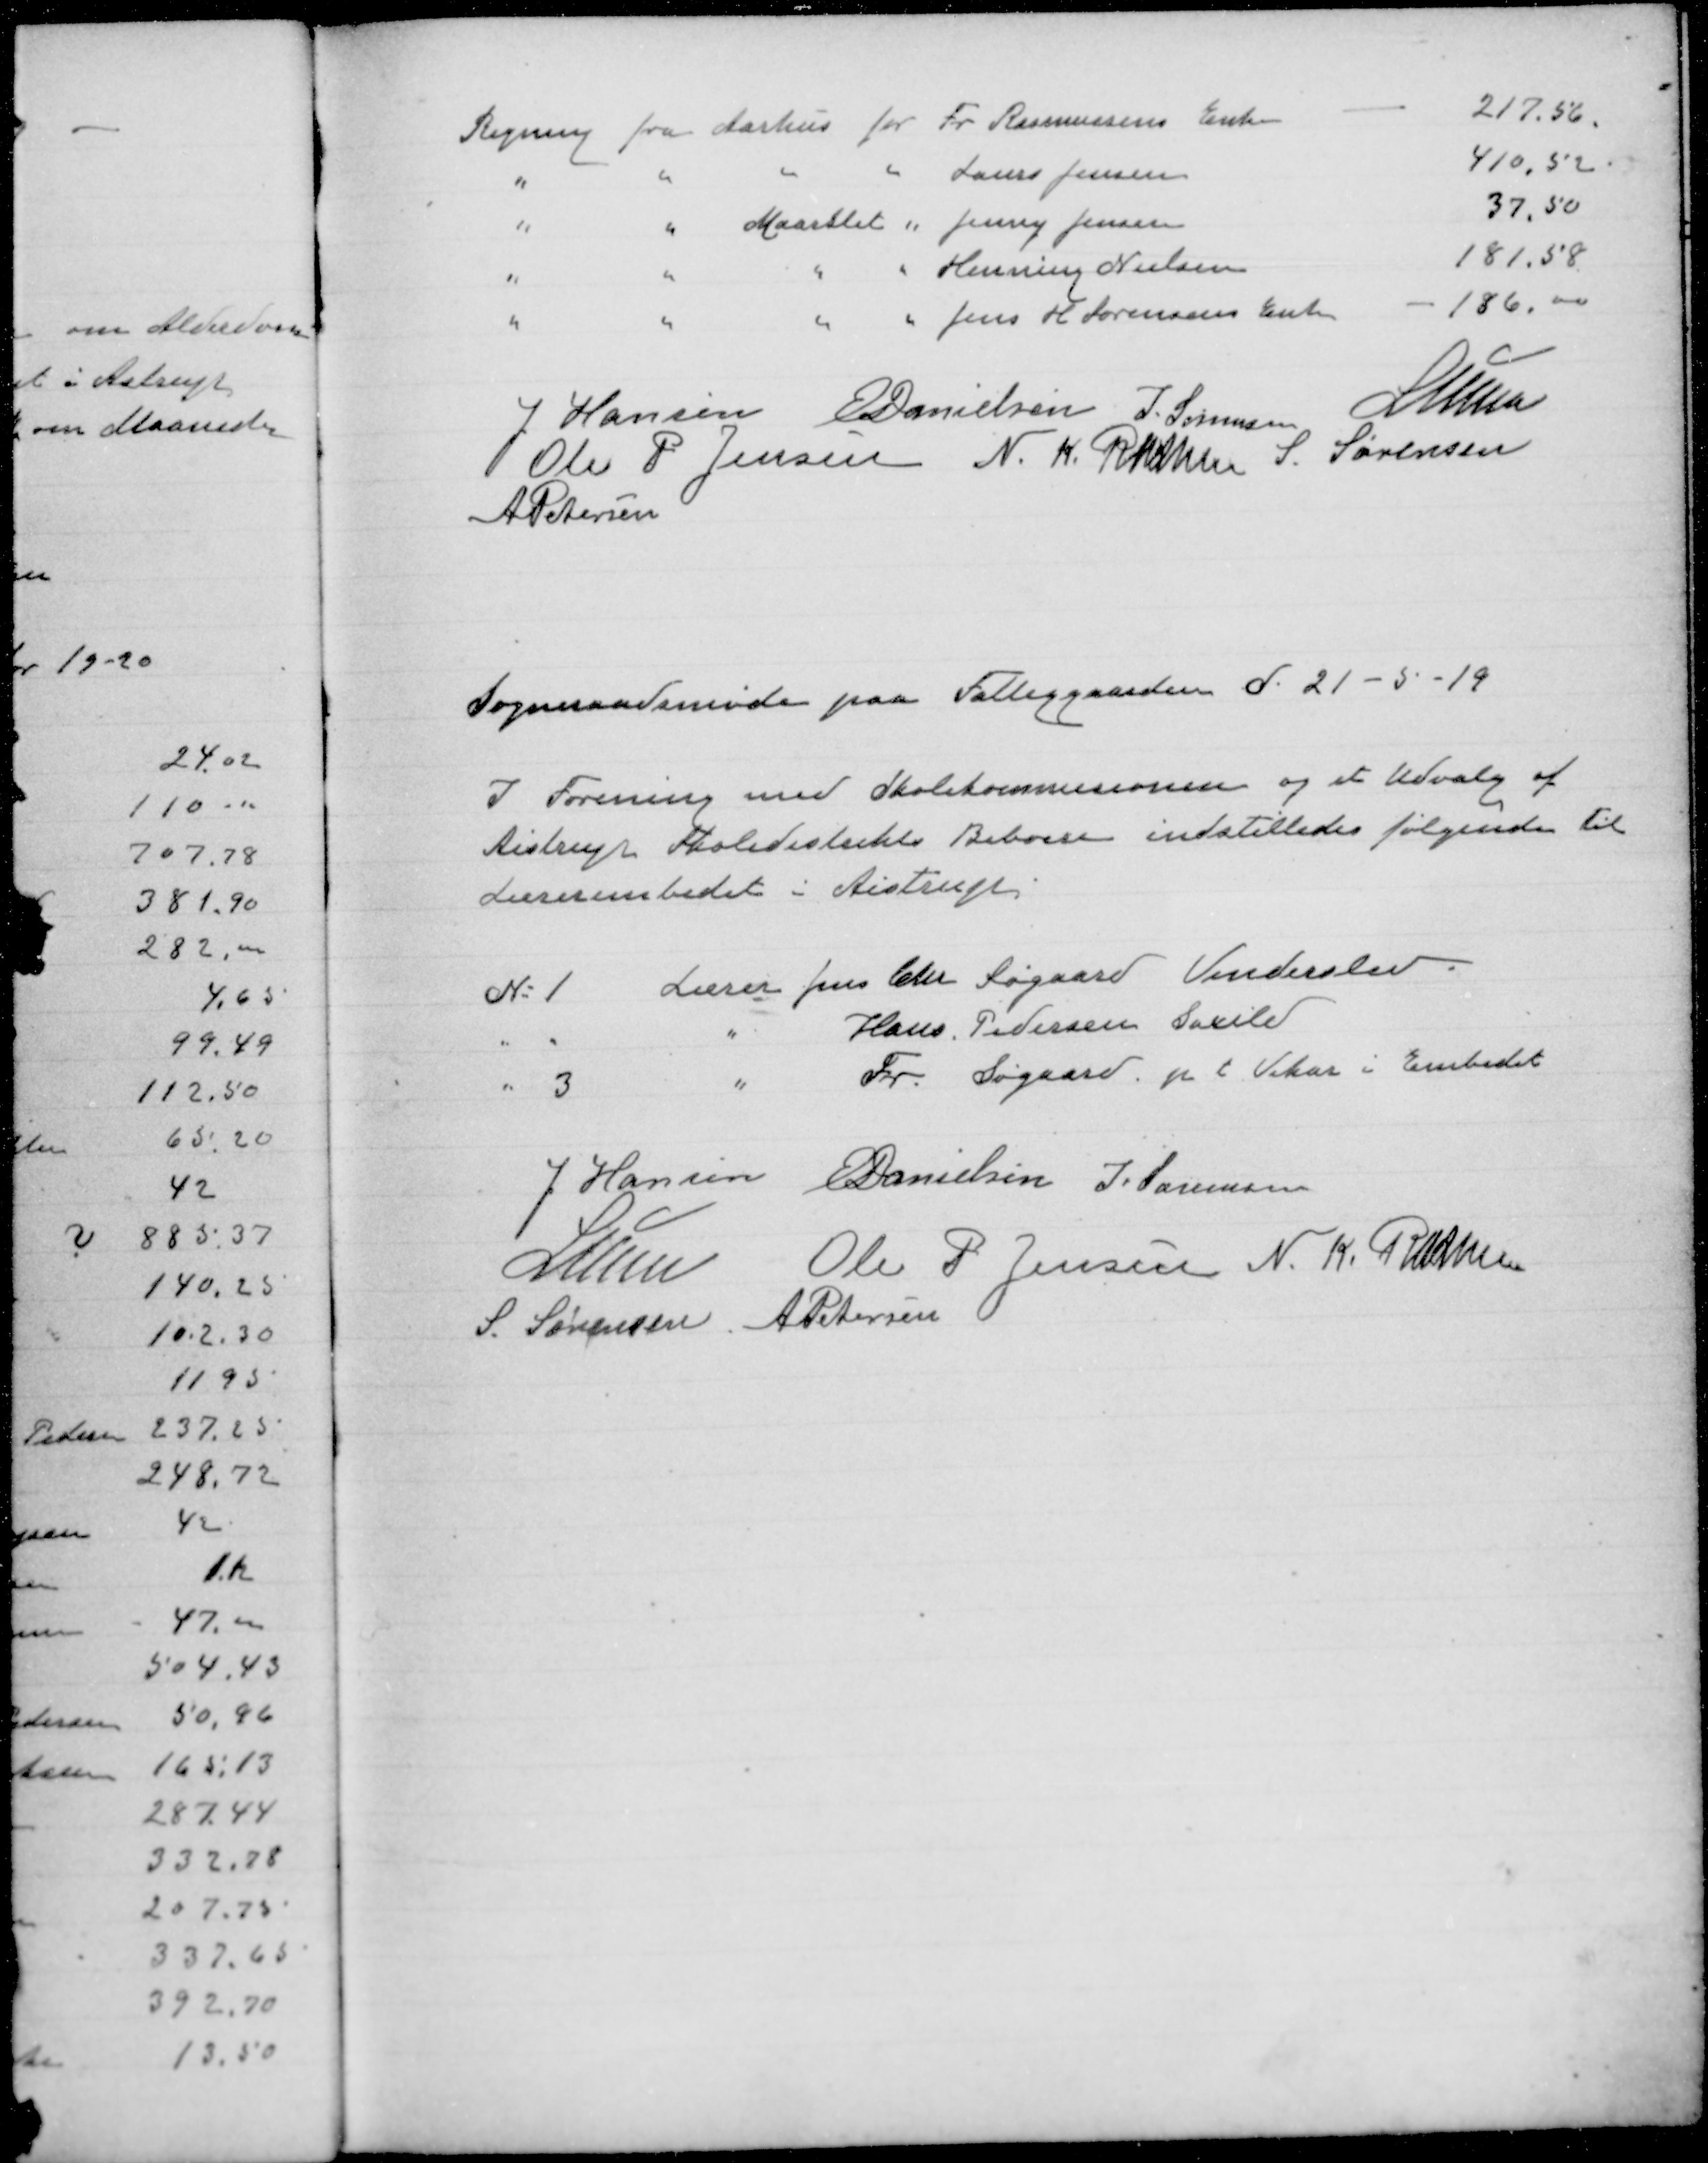
Transskription:
J Hansen
E Danielsen
J Sørensen
P Lunn
Ole P Jensen
N. K. Rasmussen
S. Sørensen
A Petersen

Sogneraadsmøde paa Fattiggaarden d. 21-5-19

I Forening med Skolekommisionen og et udvalg af
Aistrup Skoledistrikts Beboere indstilledes følgende til
Lærerembedet i Aistrup

№ 1 Lærer Jens Chr Søgaard Vinderslev
" "
" Hans Pedersen Saxild
" 3
" Fr Søgaard p t Vikar i Embedet

J Hansen
E Danielsen
J. Sørensen
P Lunn
Ole P Jensen
N. K. Rasmussen
S. Sørensen
A Petersen